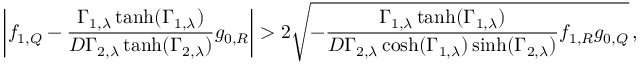
\bigg | f _ { 1 , Q } - \frac { \Gamma _ { 1 , \lambda } \operatorname { t a n h } ( \Gamma _ { 1 , \lambda } ) } { D \Gamma _ { 2 , \lambda } \operatorname { t a n h } ( \Gamma _ { 2 , \lambda } ) } g _ { 0 , R } \bigg | > 2 \sqrt { - \frac { \Gamma _ { 1 , \lambda } \operatorname { t a n h } ( \Gamma _ { 1 , \lambda } ) } { D \Gamma _ { 2 , \lambda } \cosh ( \Gamma _ { 1 , \lambda } ) \sinh ( \Gamma _ { 2 , \lambda } ) } f _ { 1 , R } g _ { 0 , Q } } \, ,